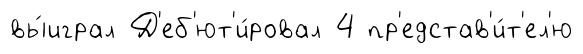
вы́играл Д'еб'ют'и́ровал 4 пр'едстав'и́т'ел'ю